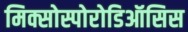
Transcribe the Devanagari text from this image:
मिक्सोस्पोरोडिऑसिस